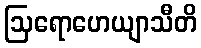
ဩရောဟေယျာသီတိ